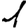
Digit: 1